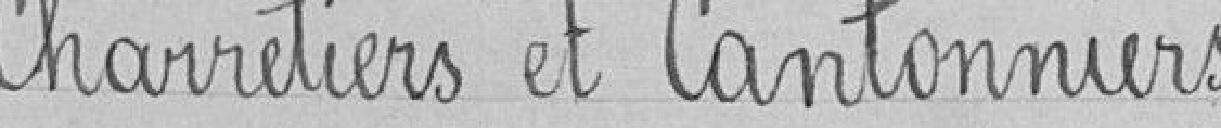
Charretiers et Cantonniers